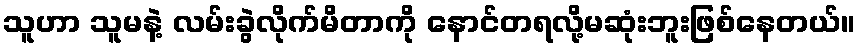
သူဟာ သူမနဲ့ လမ်းခွဲလိုက်မိတာကို နောင်တရလို့မဆုံးဘူးဖြစ်နေတယ်။